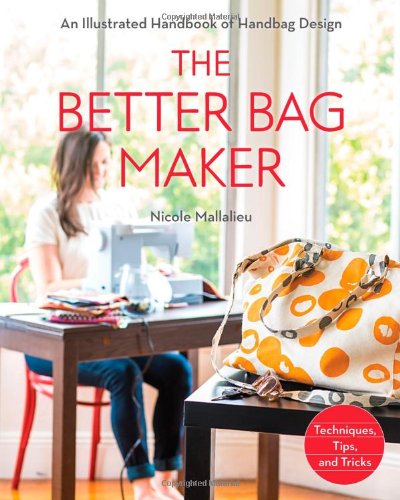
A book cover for The Better Bag Maker: An Illustrated Handbook of Handbag Design  Techniques, Tips, and Tricks; Nicole Mallalieu; Crafts, Hobbies & Home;